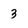
Character: 3